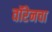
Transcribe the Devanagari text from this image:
वॉरेनचा